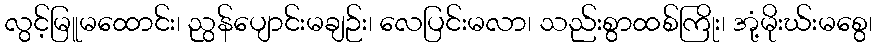
လွင့်မြူမထောင်း၊ ညွန်ပျောင်းမချဉ်း၊ လေပြင်းမလာ၊ သည်းစွာထစ်ကြိုး၊ အုံ့မိုးဃ်းမစွေ၊